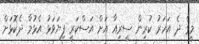
މީގެ ދެ އަހަރު ކުރިން ސީރިއާ އަށް އަސްކަރީ ފިޔަަވަޅު އެޅުމާ ދެކޮޅަށް